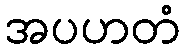
အပဟတံ